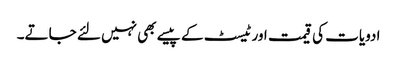
ادویات کی قیمت اور ٹیسٹ کے پیسے بھی نہیں لئے جاتے۔